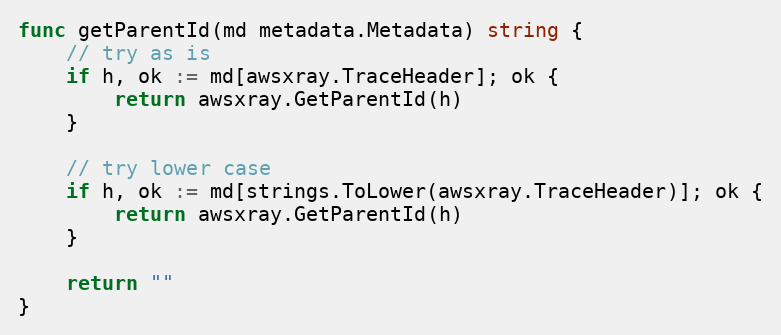
Language: Go
func getParentId(md metadata.Metadata) string {
	// try as is
	if h, ok := md[awsxray.TraceHeader]; ok {
		return awsxray.GetParentId(h)
	}

	// try lower case
	if h, ok := md[strings.ToLower(awsxray.TraceHeader)]; ok {
		return awsxray.GetParentId(h)
	}

	return ""
}